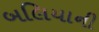
બલિયાની